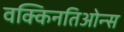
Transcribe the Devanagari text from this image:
वक्किनतिओन्स